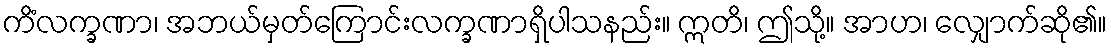
ကိံလက္ခဏာ၊ အဘယ်မှတ်ကြောင်းလက္ခဏာရှိပါသနည်း။ ဣတိ၊ ဤသို့။ အာဟ၊ လျှောက်ဆို၏။